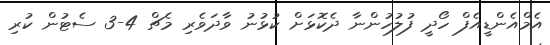
އެމްއެންޑީއެފް ހޯދީ ފުލުހުންނާ ދެކޮޅަށް ކުޅުނު ވާދަވެރި މެޗް 4-3 ސެޓުން ކުރި